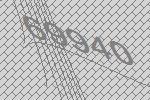
69940